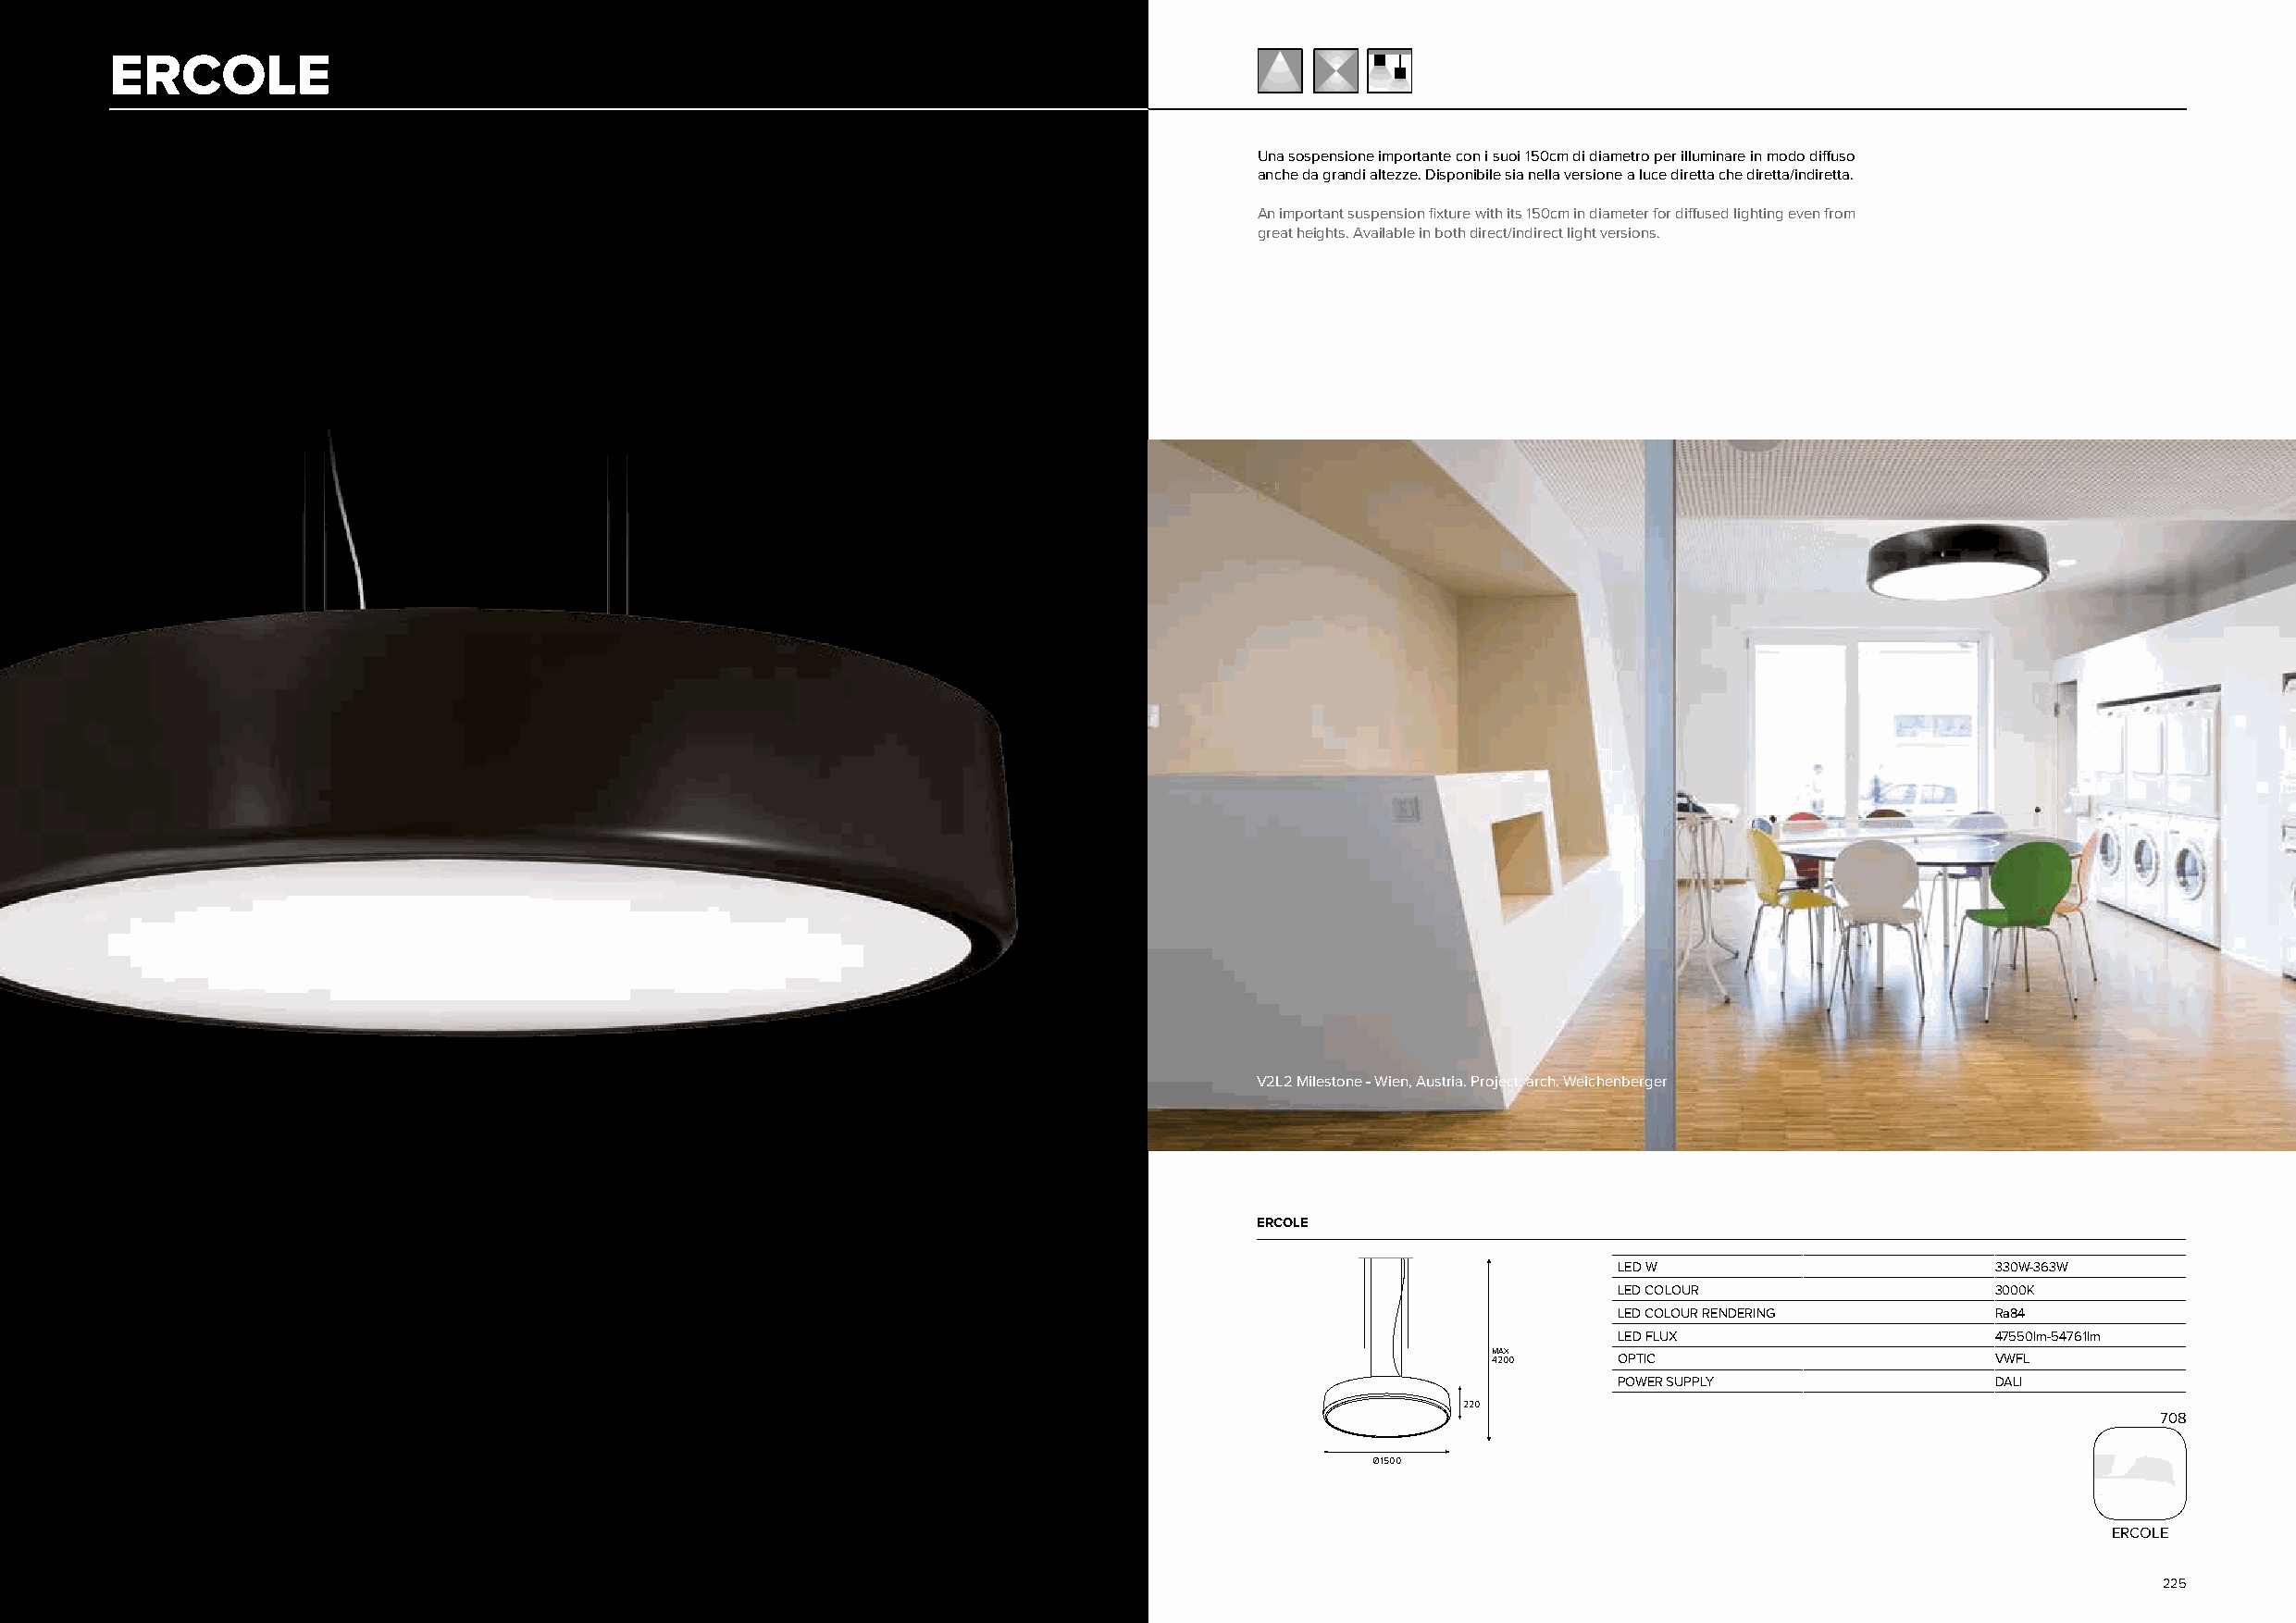
ERCOLE
 Una sospensione importante con i suoi 150cm di diametro per illuminare in modo diffuso
 anche da grandi altezze. Disponibile sia nella versione a luce diretta che diretta/indiretta.
 An important suspension fixture with its 150cm in diameter for diffused lighting even from
 great heights. Available in both direct/indirect light versions.
 V2L2 Milestone - Wien, Austria. Project: arch. Weichenberger
 ERCOLE
 LED W                      330W-363W
 LED COLOUR                 3000K
 LED COLOUR RENDERING       Ra84
 LED FLUX                   47550lm-54761lm
 max
 4200     OPTIC                      VWFL
 POWER SUPPLY               DALI
 220
 708
 Ø 1500
 ERCOLE
 224                                                                                                                                                225